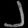
Digit: ၂